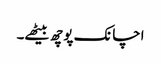
اچانک پوچھ بیٹھے۔